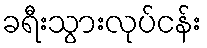
ခရီးသွားလုပ်ငန်း